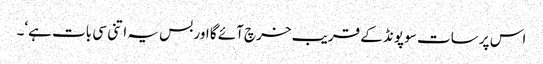
اس پر سات سو پونڈ کے قریب خرچ آئے گا اور بس یہ اتنی سی بات ہے‘۔